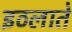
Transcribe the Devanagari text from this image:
इठलाते